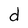
Character: d